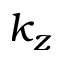
k _ { z }